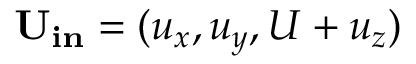
\mathbf { U _ { i n } } = ( u _ { x } , u _ { y } , U + u _ { z } )